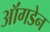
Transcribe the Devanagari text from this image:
ऑंगडेन